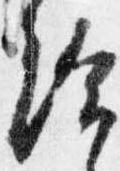
給